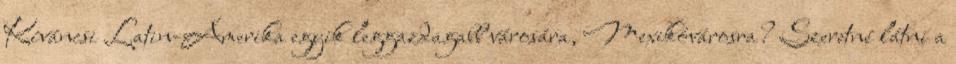
Kíváncsi Latin-Amerika egyik leggazdagabb városára, Mexikóvárosra? Szeretné látni a